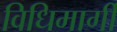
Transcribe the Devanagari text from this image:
विधिमार्गी